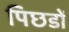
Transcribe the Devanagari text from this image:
पिछडों